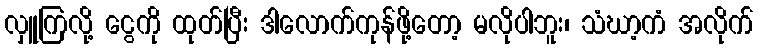
လှူကြလို့ ငွေကို ထုတ်ပြီး ဒါလောက်ကုန်ဖို့တော့ မလိုပါဘူး၊ သံဃာ့ကံ အလိုက်